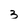
Character: 3